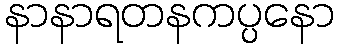
နာနာရတနကပ္ပနော